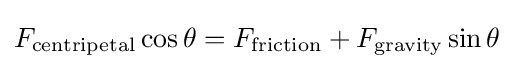
F_{\text{centripetal}}\cos {\theta }=F_{\text{friction}}+F_{\text{gravity}}\sin \theta